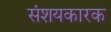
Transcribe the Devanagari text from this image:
संशयकारक